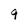
Character: 9